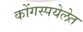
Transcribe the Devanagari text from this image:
कोंगस्पयेलेत